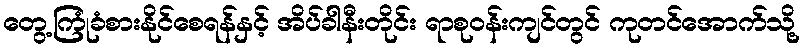
တွေ့ကြုံခံစားနိုင်စေရန်နှင့် အိပ်ခါနီးတိုင်း ရာစုဝန်းကျင်တွင် ကုတင်အောက်သို့